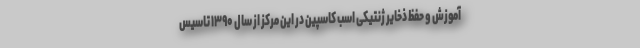
آموزش و حفظ ذخایر ژنتیکی اسب کاسپین در این مرکز از سال ۱۳۹۰ تاسیس